Annual report of the Madras Medical College
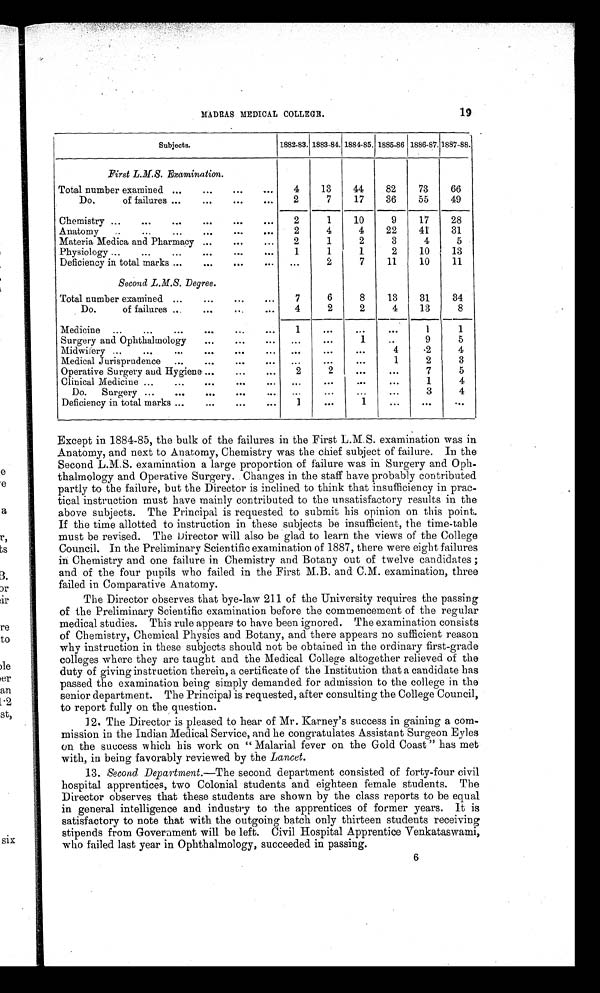
MADRAS MEDICAL COLLEGE.
19
Except in 1884-85, the bulk of the failures in the First L.M.S. examination was in
Anatomy, and next to Anatomy, Chemistry was the chief subject of failure. In the
Second L.M.S. examination a large proportion of failure was in Surgery and Oph
¬thalmology and Operative Surgery. Changes in the staff have probably contributed
partly to the failure, but the Director is inclined to think that insufficiency in prac
¬tical instruction must have mainly contributed to the unsatisfactory results in the
above subjects. The Principal is requested to submit his opinion on this point.
If the time allotted to instruction in these subjects be insufficient, the time-table
must be revised. The Director will also be glad to learn the views of the College
Council. In the Preliminary Scientific examination of 1887, there were eight failures
in Chemistry and one failure in Chemistry and Botany out of twelve candidates;
and of the four pupils who failed in the First M.B. and C.M. examination, three
failed in Comparative Anatomy.
The Director observes that bye-law 211 of the University requires the passing
of the Preliminary Scientific examination before the commencement of the regular
medical studies. This rule appears to have been ignored. The examination consists
of Chemistry, Chemical Physics and Botany, and there appears no sufficient reason
why instruction in these subjects should not be obtained in the ordinary first-grade
colleges where they are taught and the Medical College altogether relieved of the
duty of giving instruction therein, a certificate of the Institution that a candidate has
passed the examination being simply demanded for admission to the college in the
senior department. The Principal is requested, after consulting the College Council,
to report fully on the question.
12. The Director is pleased to hear of Mr. Karney's success in gaining a com
mission in the Indian Medical Service, and he congratulates Assistant Surgeon Eyles
on the success which his work on "Malarial fever on the Gold Coast" has met
with, in being favorably reviewed by the Lancet .
13.
Second Department. —The second department consisted of forty-four civil
hospital apprentices, two Colonial students and eighteen female students. The
Director observes that these students are shown by the class reports to be equal
in general intelligence and industry to the apprentices of former years. It is
satisfactory to note that with the outgoing batch only thirteen students receiving
stipends from Government will be left. Civil Hospital Apprentice Venkataswami,
who failed last year in Ophthalmology, succeeded in passing.
6